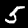
Digit: 5